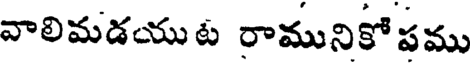
వాలిమడయుట రామునికో పము